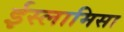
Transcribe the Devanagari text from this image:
ईस्लामिसा